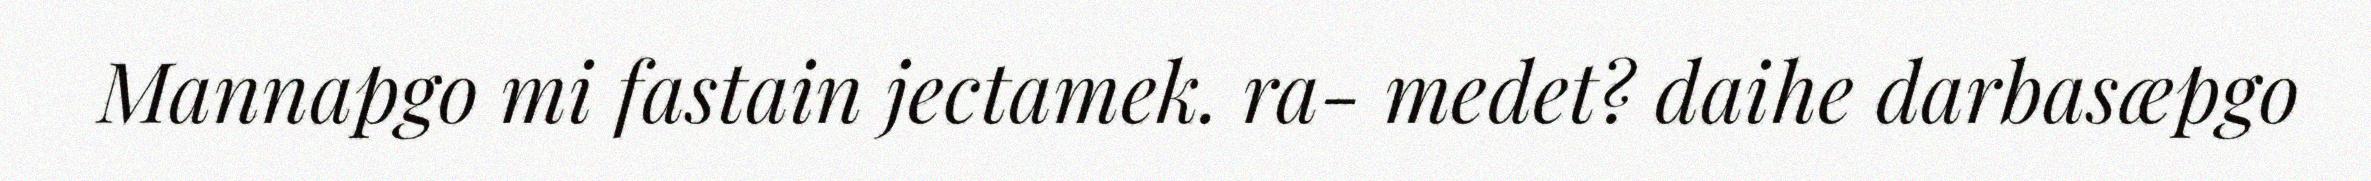
Mannapgo mi fastain jectamek. ra- medet? daihe darbasæpgo